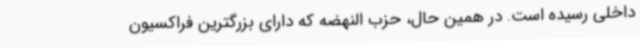
داخلی رسیده است. در همین حال، حزب النهضه که دارای بزرگترین فراکسیون